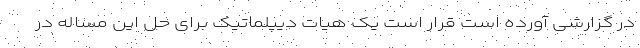
در گزارشی آورده است قرار است یک هیات دیپلماتیک برای حل این مساله در